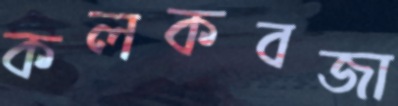
কলকবজা